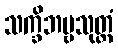
သက္ခိဘဗ္ဗသုတ္တံ